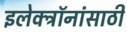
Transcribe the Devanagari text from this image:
इलेक्ट्रॉनांसाठी